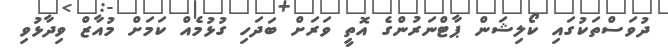
ދުވަސްތަކުގައި ކޯލިޝަން ޕާޓްނަރުންގެ އޮތީ ވަރަށް ބަދަހި ގުޅުމެއް ކަމަށް މުއާޒް ވިދާޅުވި